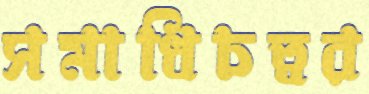
সমাধিচত্বর